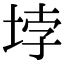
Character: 𡋯